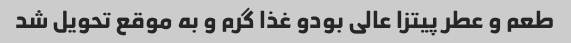
طعم و عطر پیتزا عالی بودو غذا گرم و به موقع تحویل شد